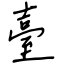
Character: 臺